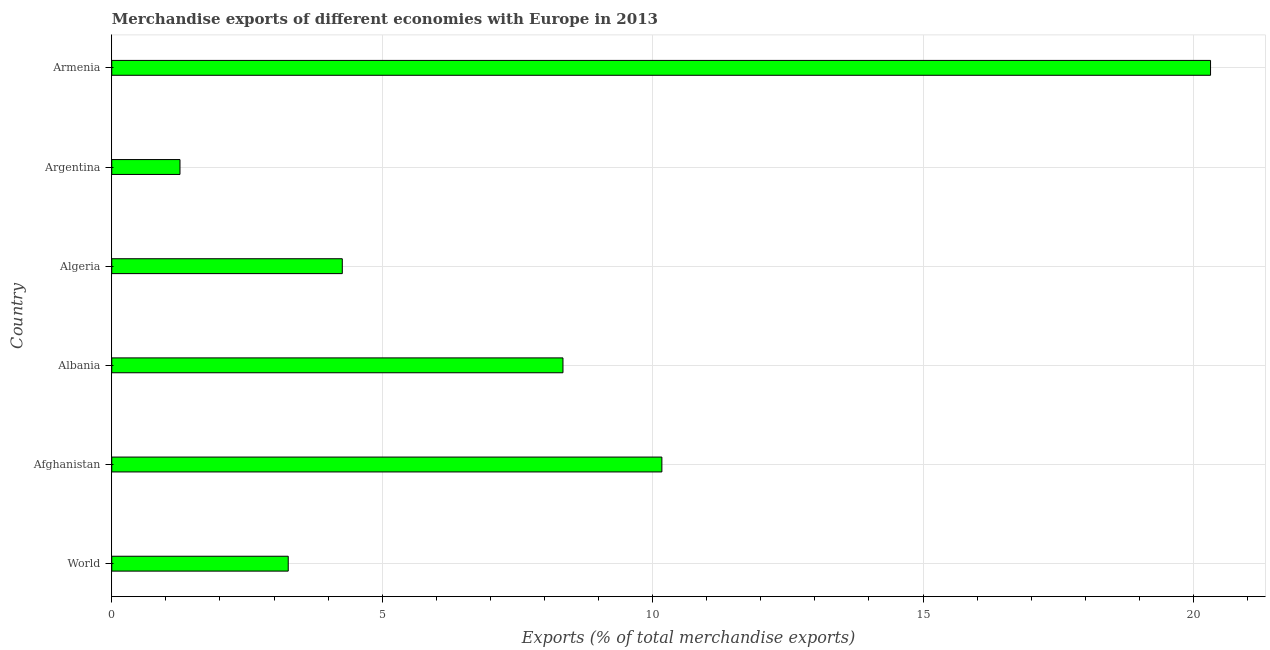
| Country | Merchandise Exports |
 | --- | --- |
 | World | 3.26 |
 | Afghanistan | 10.2 |
 | Albania | 8.34 |
 | Algeria | 4.26 |
 | Argentina | 1.26 |
 | Armenia | 20.3 |